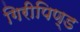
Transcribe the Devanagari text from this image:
गिरीपिण्ड